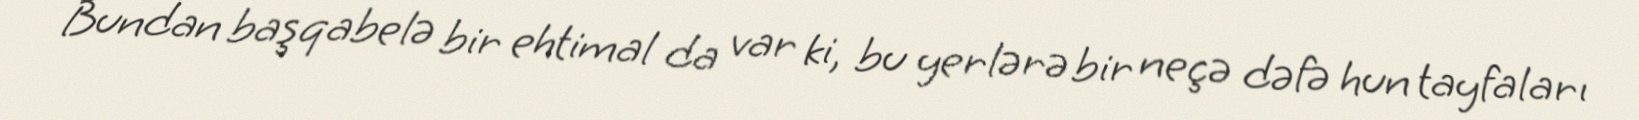
Bundan başqabelə bir ehtimal da var ki, bu yerlərə bir neçə dəfə hun tayfaları